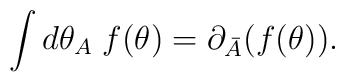
\int d\theta_A\; f(\theta)=                 \partial_{\bar A}(f(\theta)).